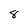
Character: 8